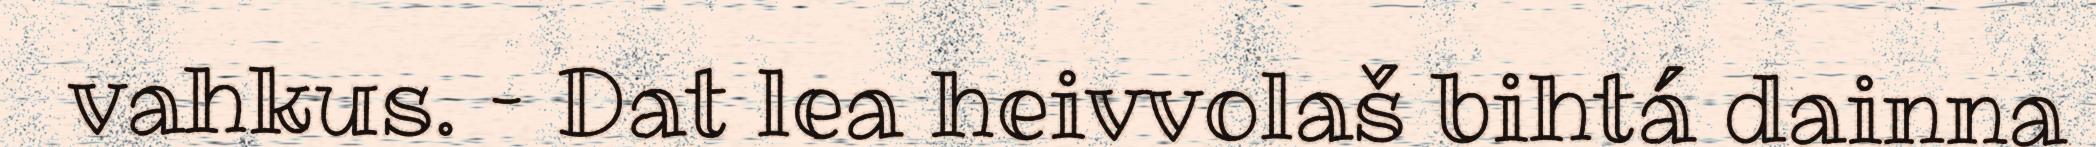
vahkus. – Dat lea heivvolaš bihtá dainna